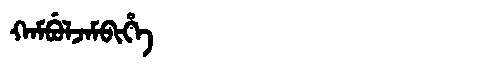
Manchu: ᡴᠠᠮᠪᡠᠯᠵᠠᠮᠪᡳᡥᡝ
Romanization: KAMBULJAMBIHE